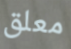
معلق